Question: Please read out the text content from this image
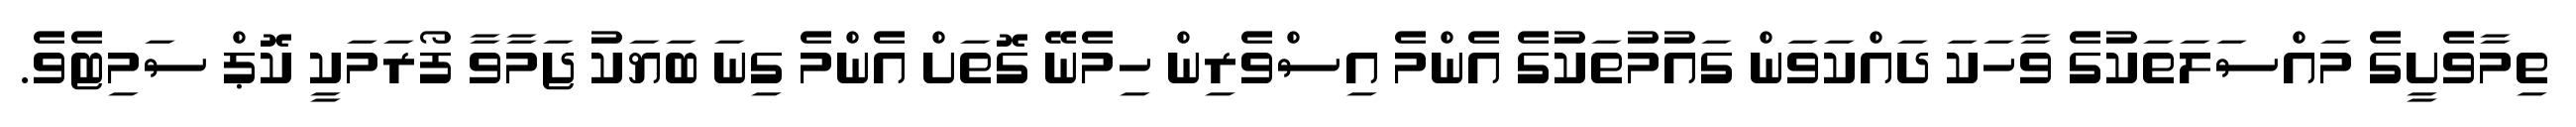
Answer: ތިމާވެށީގެ މައްސަލަތަކުގެ ވާހަކަ ދައްކަވަން ގައުމުތަކުގެ އެންމެ އިސްވެރިން ހިމެނޭ ގޮތަށް އެންމެ ގިނަ ބަޔަކު ޖަމާވާ ފޯރަމަކީ ކޮޕް ސަމިޓެވެ.